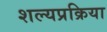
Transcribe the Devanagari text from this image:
शल्यप्रक्रिया